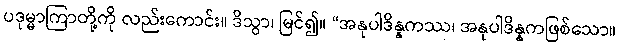
ပဒုမ္မာကြာတို့ကို လည်းကောင်း။ ဒိသွာ၊ မြင်၍။ “အနုပါဒိန္နကဿ၊ အနုပါဒိန္နကဖြစ်သော။